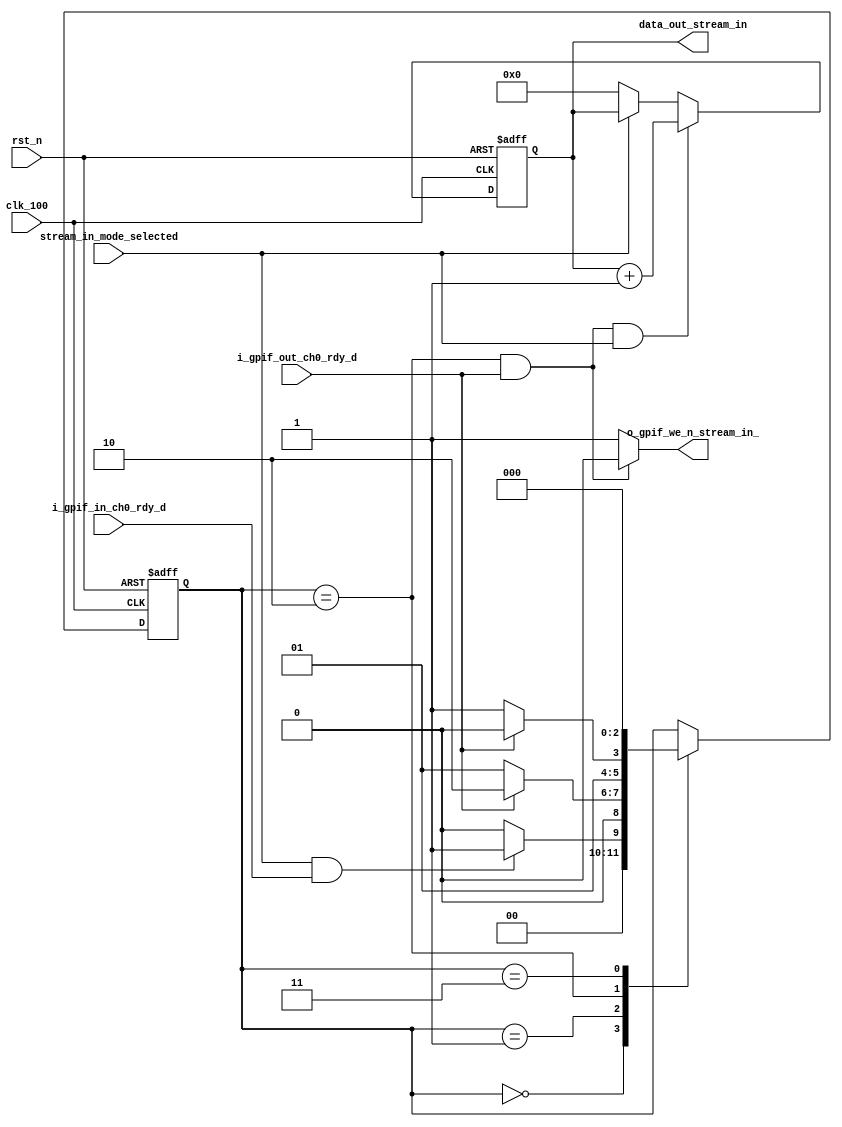
module prometheus_fx3_stream_in(
	input  rst_n,
	input  clk_100,
	input  stream_in_mode_selected,
	input  i_gpif_in_ch0_rdy_d,
	input  i_gpif_out_ch0_rdy_d,
	output o_gpif_we_n_stream_in_,
	output [31:0] data_out_stream_in
);
reg [2:0]current_stream_in_state;
reg [2:0]next_stream_in_state;
reg [31:0]data_gen_stream_in;
parameter [2:0] stream_in_idle                    = 3'd0;
parameter [2:0] stream_in_wait_flagb              = 3'd1;
parameter [2:0] stream_in_write                   = 3'd2;
parameter [2:0] stream_in_write_wr_delay          = 3'd3;
assign o_gpif_we_n_stream_in_ = ((current_stream_in_state == stream_in_write) && (i_gpif_out_ch0_rdy_d == 1'b1)) ? 1'b0 : 1'b1;
always @(posedge clk_100, negedge rst_n)begin
	if(!rst_n)begin 
		current_stream_in_state <= stream_in_idle;
	end else begin
		current_stream_in_state <= next_stream_in_state;
	end	
end
always @(*)begin
	next_stream_in_state = current_stream_in_state;
	case(current_stream_in_state)
	stream_in_idle:begin
		if((stream_in_mode_selected) & (i_gpif_in_ch0_rdy_d == 1'b1))begin
			next_stream_in_state = stream_in_wait_flagb; 
		end else begin
			next_stream_in_state = stream_in_idle;
		end	
	end
	stream_in_wait_flagb :begin
		if (i_gpif_out_ch0_rdy_d == 1'b1)begin
			next_stream_in_state = stream_in_write; 
		end else begin
			next_stream_in_state = stream_in_wait_flagb; 
		end
	end
	stream_in_write:begin
		if(i_gpif_out_ch0_rdy_d == 1'b0)begin
			next_stream_in_state = stream_in_write_wr_delay;
		end else begin
		 	next_stream_in_state = stream_in_write;
		end
	end
        stream_in_write_wr_delay:begin
			next_stream_in_state = stream_in_idle;
	end
	endcase
end
always @(posedge clk_100, negedge rst_n)begin
	if(!rst_n)begin 
		data_gen_stream_in <= 32'd0;
	end else if((o_gpif_we_n_stream_in_ == 1'b0) & (stream_in_mode_selected)) begin
		data_gen_stream_in <= data_gen_stream_in + 1;
	end else if (!stream_in_mode_selected) begin
		data_gen_stream_in <= 32'd0;
	end	
end
assign data_out_stream_in = data_gen_stream_in;
endmodule